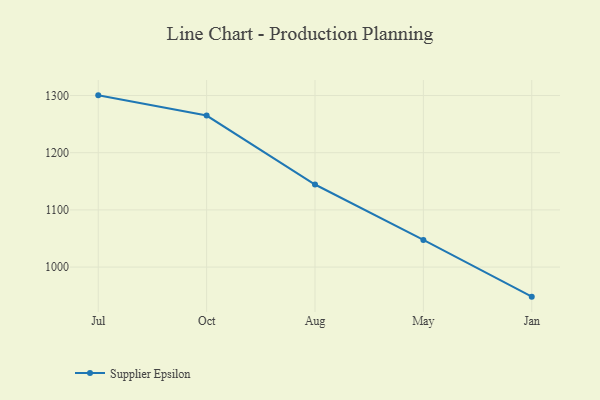
{"axis": {"x": "Month", "y": "Inventory Turnover"}, "legend": ["Supplier Epsilon"], "data": [{"x": "Jul", "y": 1300.3, "type": "Supplier Epsilon"}, {"x": "Oct", "y": 1265.0, "type": "Supplier Epsilon"}, {"x": "Aug", "y": 1144.4, "type": "Supplier Epsilon"}, {"x": "May", "y": 1047.5, "type": "Supplier Epsilon"}, {"x": "Jan", "y": 948.3, "type": "Supplier Epsilon"}]}